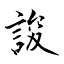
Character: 誜